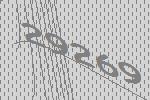
29269